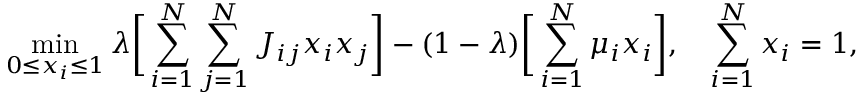
\operatorname* { m i n } _ { 0 \le x _ { i } \le 1 } \lambda \bigg [ \sum _ { i = 1 } ^ { N } \sum _ { j = 1 } ^ { N } J _ { i j } x _ { i } x _ { j } \bigg ] - ( 1 - \lambda ) \bigg [ \sum _ { i = 1 } ^ { N } \mu _ { i } x _ { i } \bigg ] , \quad \sum _ { i = 1 } ^ { N } x _ { i } = 1 ,